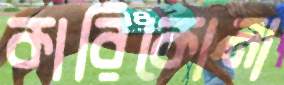
কারিকোনা